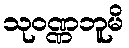
သုဝဏ္ဏဘူမိ